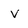
Character: V